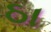
ઠા